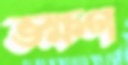
ভক্ষণ